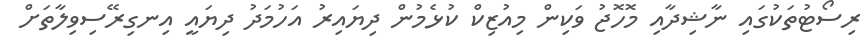
ރިސޯޓުތަކުގައި ނާޝިދާއި މޮހޮޖު ވަކިން މިއުޒިކް ކުޅެމުން ދިޔައިރު އަހުމަދު ދިޔައީ އިނގިރޭސިވިލާތަށް